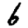
Digit: 6